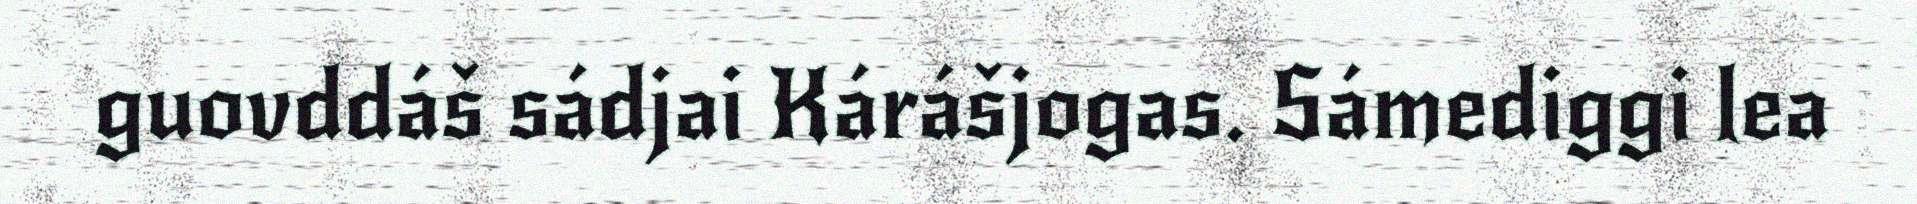
guovddáš sádjai Kárášjogas. Sámediggi lea